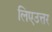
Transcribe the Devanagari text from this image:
लिएउत्तर